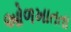
ઓળખાતતા